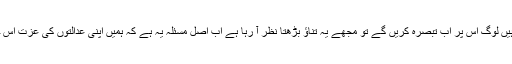
"یہ فیصلے اب پبلک پراپرٹی بن گئے ہیں لوگ اس پر اب تبصرہ کریں گے تو مجھے یہ تناؤ بڑھتا نظر آ رہا ہے اب اصل مسئلہ یہ ہے کہ ہمیں اپنی عدالتوں کی عزت اس حوالے سے متاثر ہوتی نظر آ رہی ہے۔